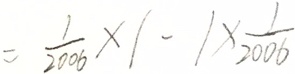
= \frac { 1 } { 2 0 0 6 } \times 1 - 1 \times \frac { 1 } { 2 0 0 6 }